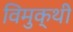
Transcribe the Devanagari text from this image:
विमुक्थी